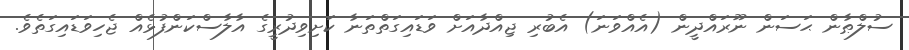
ސުލްޠާން ޙަސަން ނޫރައްދީން (އެއްވަނަ) އެބުރި ޖިއްދާއަށް ވަޑައިގަތްތަނާ ކަށިވިދުރީގެ އާލާސްކަންފުޅެއް ޖެހިވަޑައިގަތެވެ.